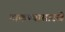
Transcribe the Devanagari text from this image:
टाकण्यासारखे